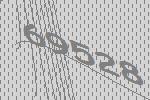
69528